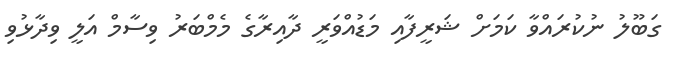
ގަބޫލު ނުކުރައްވާ ކަމަށް ޝަރީފާއި މަޑުއްވަރީ ދާއިރާގެ މެމްބަރު ވިސާމް އަލީ ވިދާޅުވި